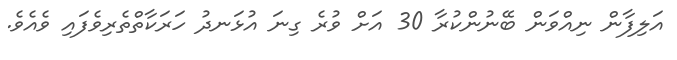
އަލިފާން ނިއްވަން ބޭނުންކުރާ 30 އަށް ވުރެ ގިނަ އުޅަނދު ހަރަކާތްތެރިވެފައި ވެއެވެ.